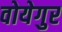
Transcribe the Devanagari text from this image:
वोयेगुर